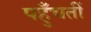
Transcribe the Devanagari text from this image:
पहुँचतीं